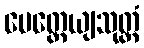
ပေတ္တေယျသုတ္တံ